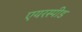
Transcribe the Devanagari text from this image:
एयरस्पीड